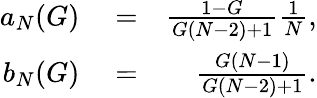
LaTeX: \begin{array}{rlr}{a_{N}(G)}&{{}=}&{\frac{1-G}{G(N-2)+1}\frac{1}{N},}\\ {b_{N}(G)}&{{}=}&{\frac{G(N-1)}{G(N-2)+1}.}\end{array}